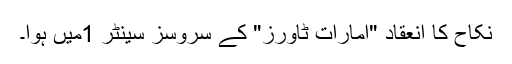
نکاح کا انعقاد "امارات ٹاورز" کے سروسز سینٹر 1میں ہوا۔